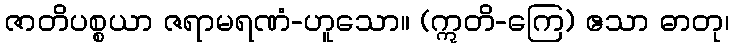
ဇာတိပစ္စယာ ဇရာမရဏံ-ဟူသော။ (ဣတိ-ကြေ) ဧသာ ဓာတု၊